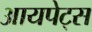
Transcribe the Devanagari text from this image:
आयपेट्स